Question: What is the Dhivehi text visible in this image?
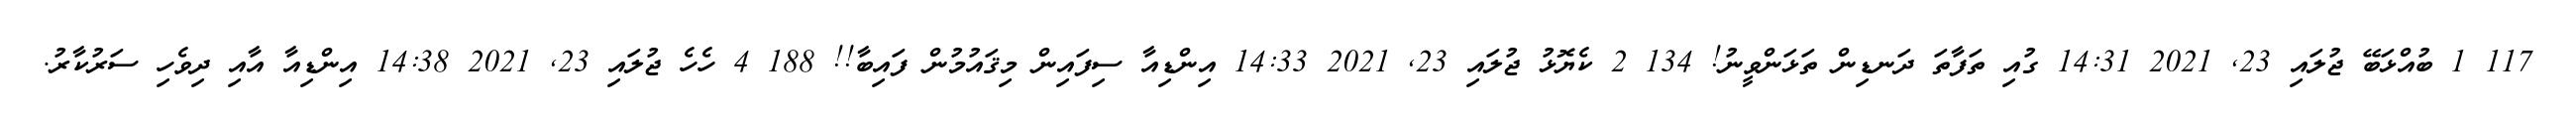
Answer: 117 1 ބުއްޅަބޭ ޖުލައި 23, 2021 14:31 ގުއި ތަފާތަ ދަނޑިން ތަޅަންވީނު! 134 2 ކެޔޮޅު ޖުލައި 23, 2021 14:33 އިންޑިއާ ސިފައިން މިޤައުމުން ފައިބާ!! 188 4 ހެހެ ޖުލައި 23, 2021 14:38 އިންޑިއާ އާއި ދިވެހި ސަރުކާރު.